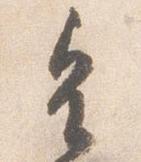
皇